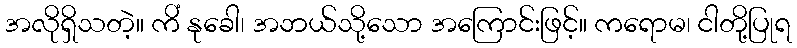
အလိုရှိသတဲ့။ ကိံ နုခေါ၊ အဘယ်သို့သော အကြောင်းဖြင့်။ ကရောမ၊ ငါတို့ပြုရ